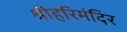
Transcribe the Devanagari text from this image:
श्रीहरिमंदिर